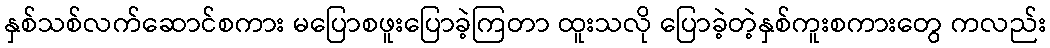
နှစ်သစ်လက်ဆောင်စကား မပြောစဖူးပြောခဲ့ကြတာ ထူးသလို ပြောခဲ့တဲ့နှစ်ကူးစကားတွေ ကလည်း